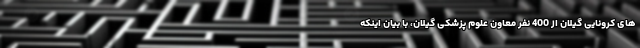
های کرونایی گیلان از 400 نفر معاون علوم پزشکی گیلان، با بیان اینکه